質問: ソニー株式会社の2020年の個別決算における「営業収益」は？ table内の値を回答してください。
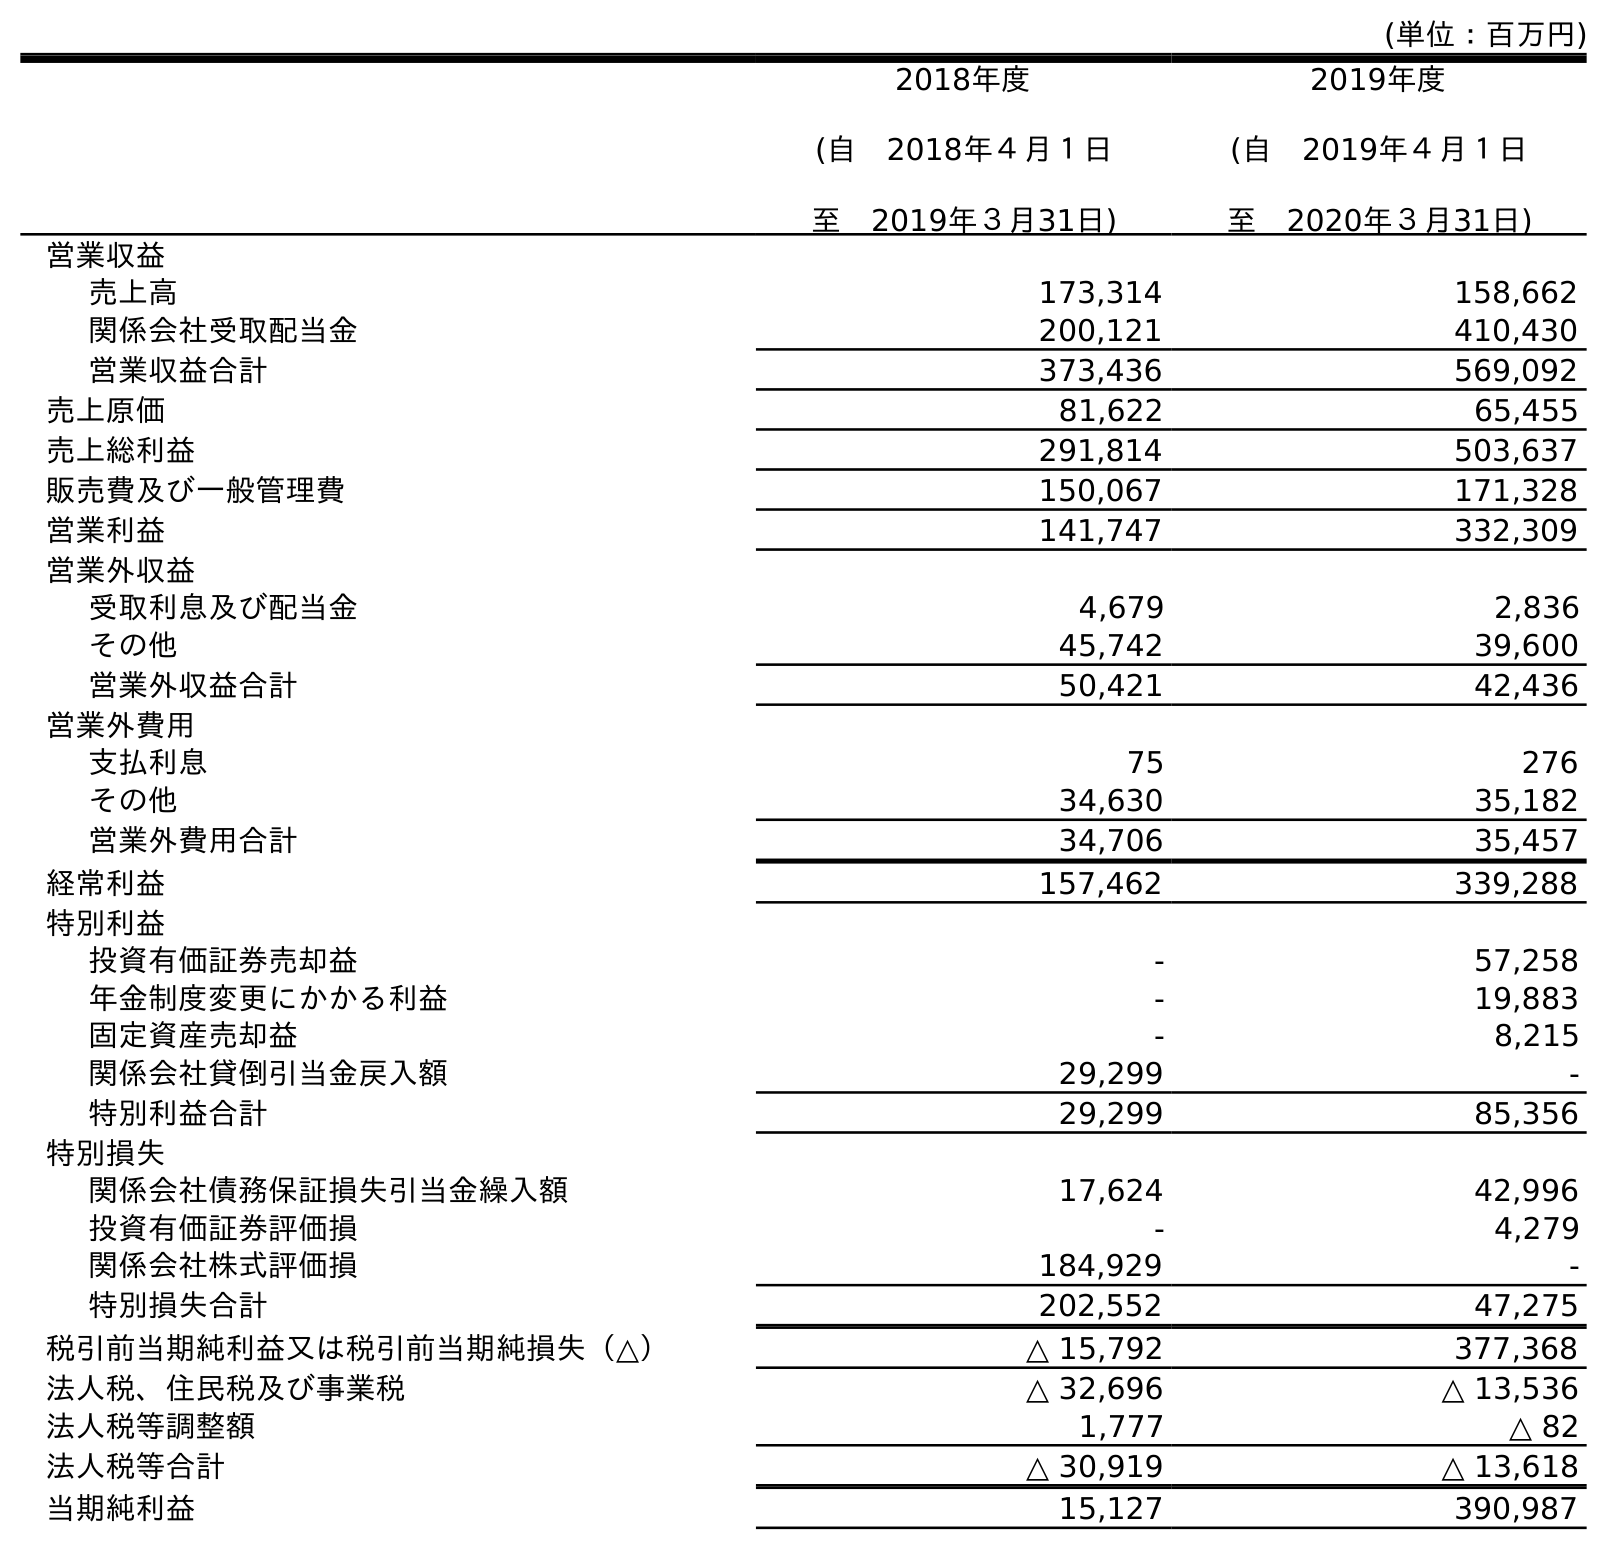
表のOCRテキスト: (単位：百万円) 2018年度 (自 2018年４月１日 至 2019年３月31日) 2019年度 (自 2019年４月１日 至 2020年３月31日) 営業収益 売上高 173,314 158,662 関係会社受取配当金 200,121 410,430 営業収益合計 373,436 569,092 売上原価 81,622 65,455 売上総利益 291,814 503,637 販売費及び一般管理費 150,067 171,328 営業利益 141,747 332,309 営業外収益 受取利息及び配当金 4,679 2,836 その他 45,742 39,600 営業外収益合計 50,421 42,436 営業外費用 支払利息 75 276 その他 34,630 35,182 営業外費用合計 34,706 35,457 経常利益 157,462 339,288 特別利益 投資有価証券売却益 - 57,258 年金制度変更にかかる利益 - 19,883 固定資産売却益 - 8,215 関係会社貸倒引当金戻入額 29,299 - 特別利益合計 29,299 85,356 特別損失 関係会社債務保証損失引当金繰入額 17,624 42,996 投資有価証券評価損 - 4,279 関係会社株式評価損 184,929 - 特別損失合計 202,552 47,275 税引前当期純利益又は税引前当期純損失（△） △ 15,792 377,368 法人税、住民税及び事業税 △ 32,696 △ 13,536 法人税等調整額 1,777 △ 82 法人税等合計 △ 30,919 △ 13,618 当期純利益 15,127 390,987
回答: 569,092